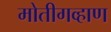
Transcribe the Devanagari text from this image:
मोतीगव्हाण